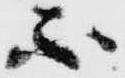
不